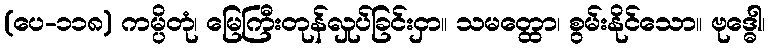
(ပေ-၁၁၈) ကမ္ပိတုံ၊ မြေကြီးတုန်လှုပ်ခြင်းငှာ။ သမတ္ထော၊ စွမ်းနိုင်သော။ ဗုဒ္ဓေါ၊